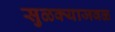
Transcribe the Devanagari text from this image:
सुळक्याजवळ